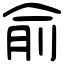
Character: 俞